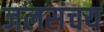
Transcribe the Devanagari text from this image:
जलसंचय